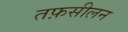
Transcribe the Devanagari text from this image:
तफ़सीलन